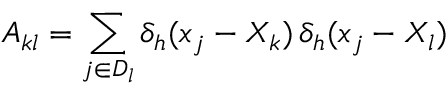
A _ { k l } = \sum _ { j \in D _ { l } } \delta _ { h } ( x _ { j } - X _ { k } ) \, \delta _ { h } ( x _ { j } - X _ { l } )